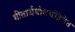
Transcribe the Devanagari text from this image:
गीतार्थबोधचंद्रिकेत